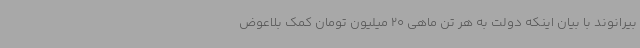
بیرانوند با بیان اینکه دولت به هر تن ماهی 20 میلیون تومان کمک بلاعوض